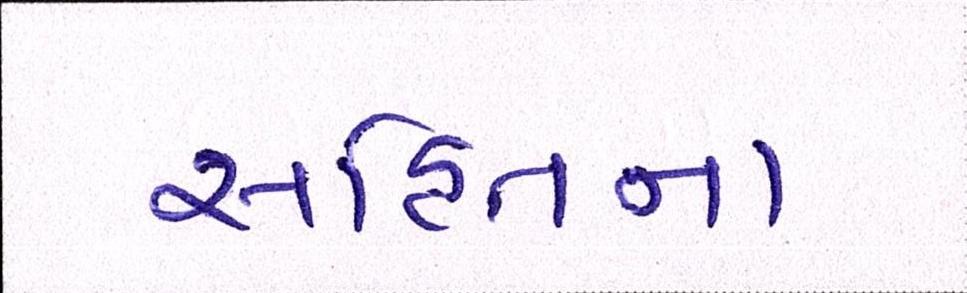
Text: સહિતના